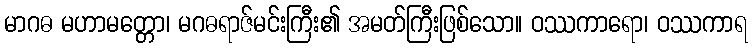
မာဂဓ မဟာမတ္တော၊ မဂဓရာဇ်မင်းကြီး၏ အမတ်ကြီးဖြစ်သော။ ဝဿကာရော၊ ဝဿကာရ